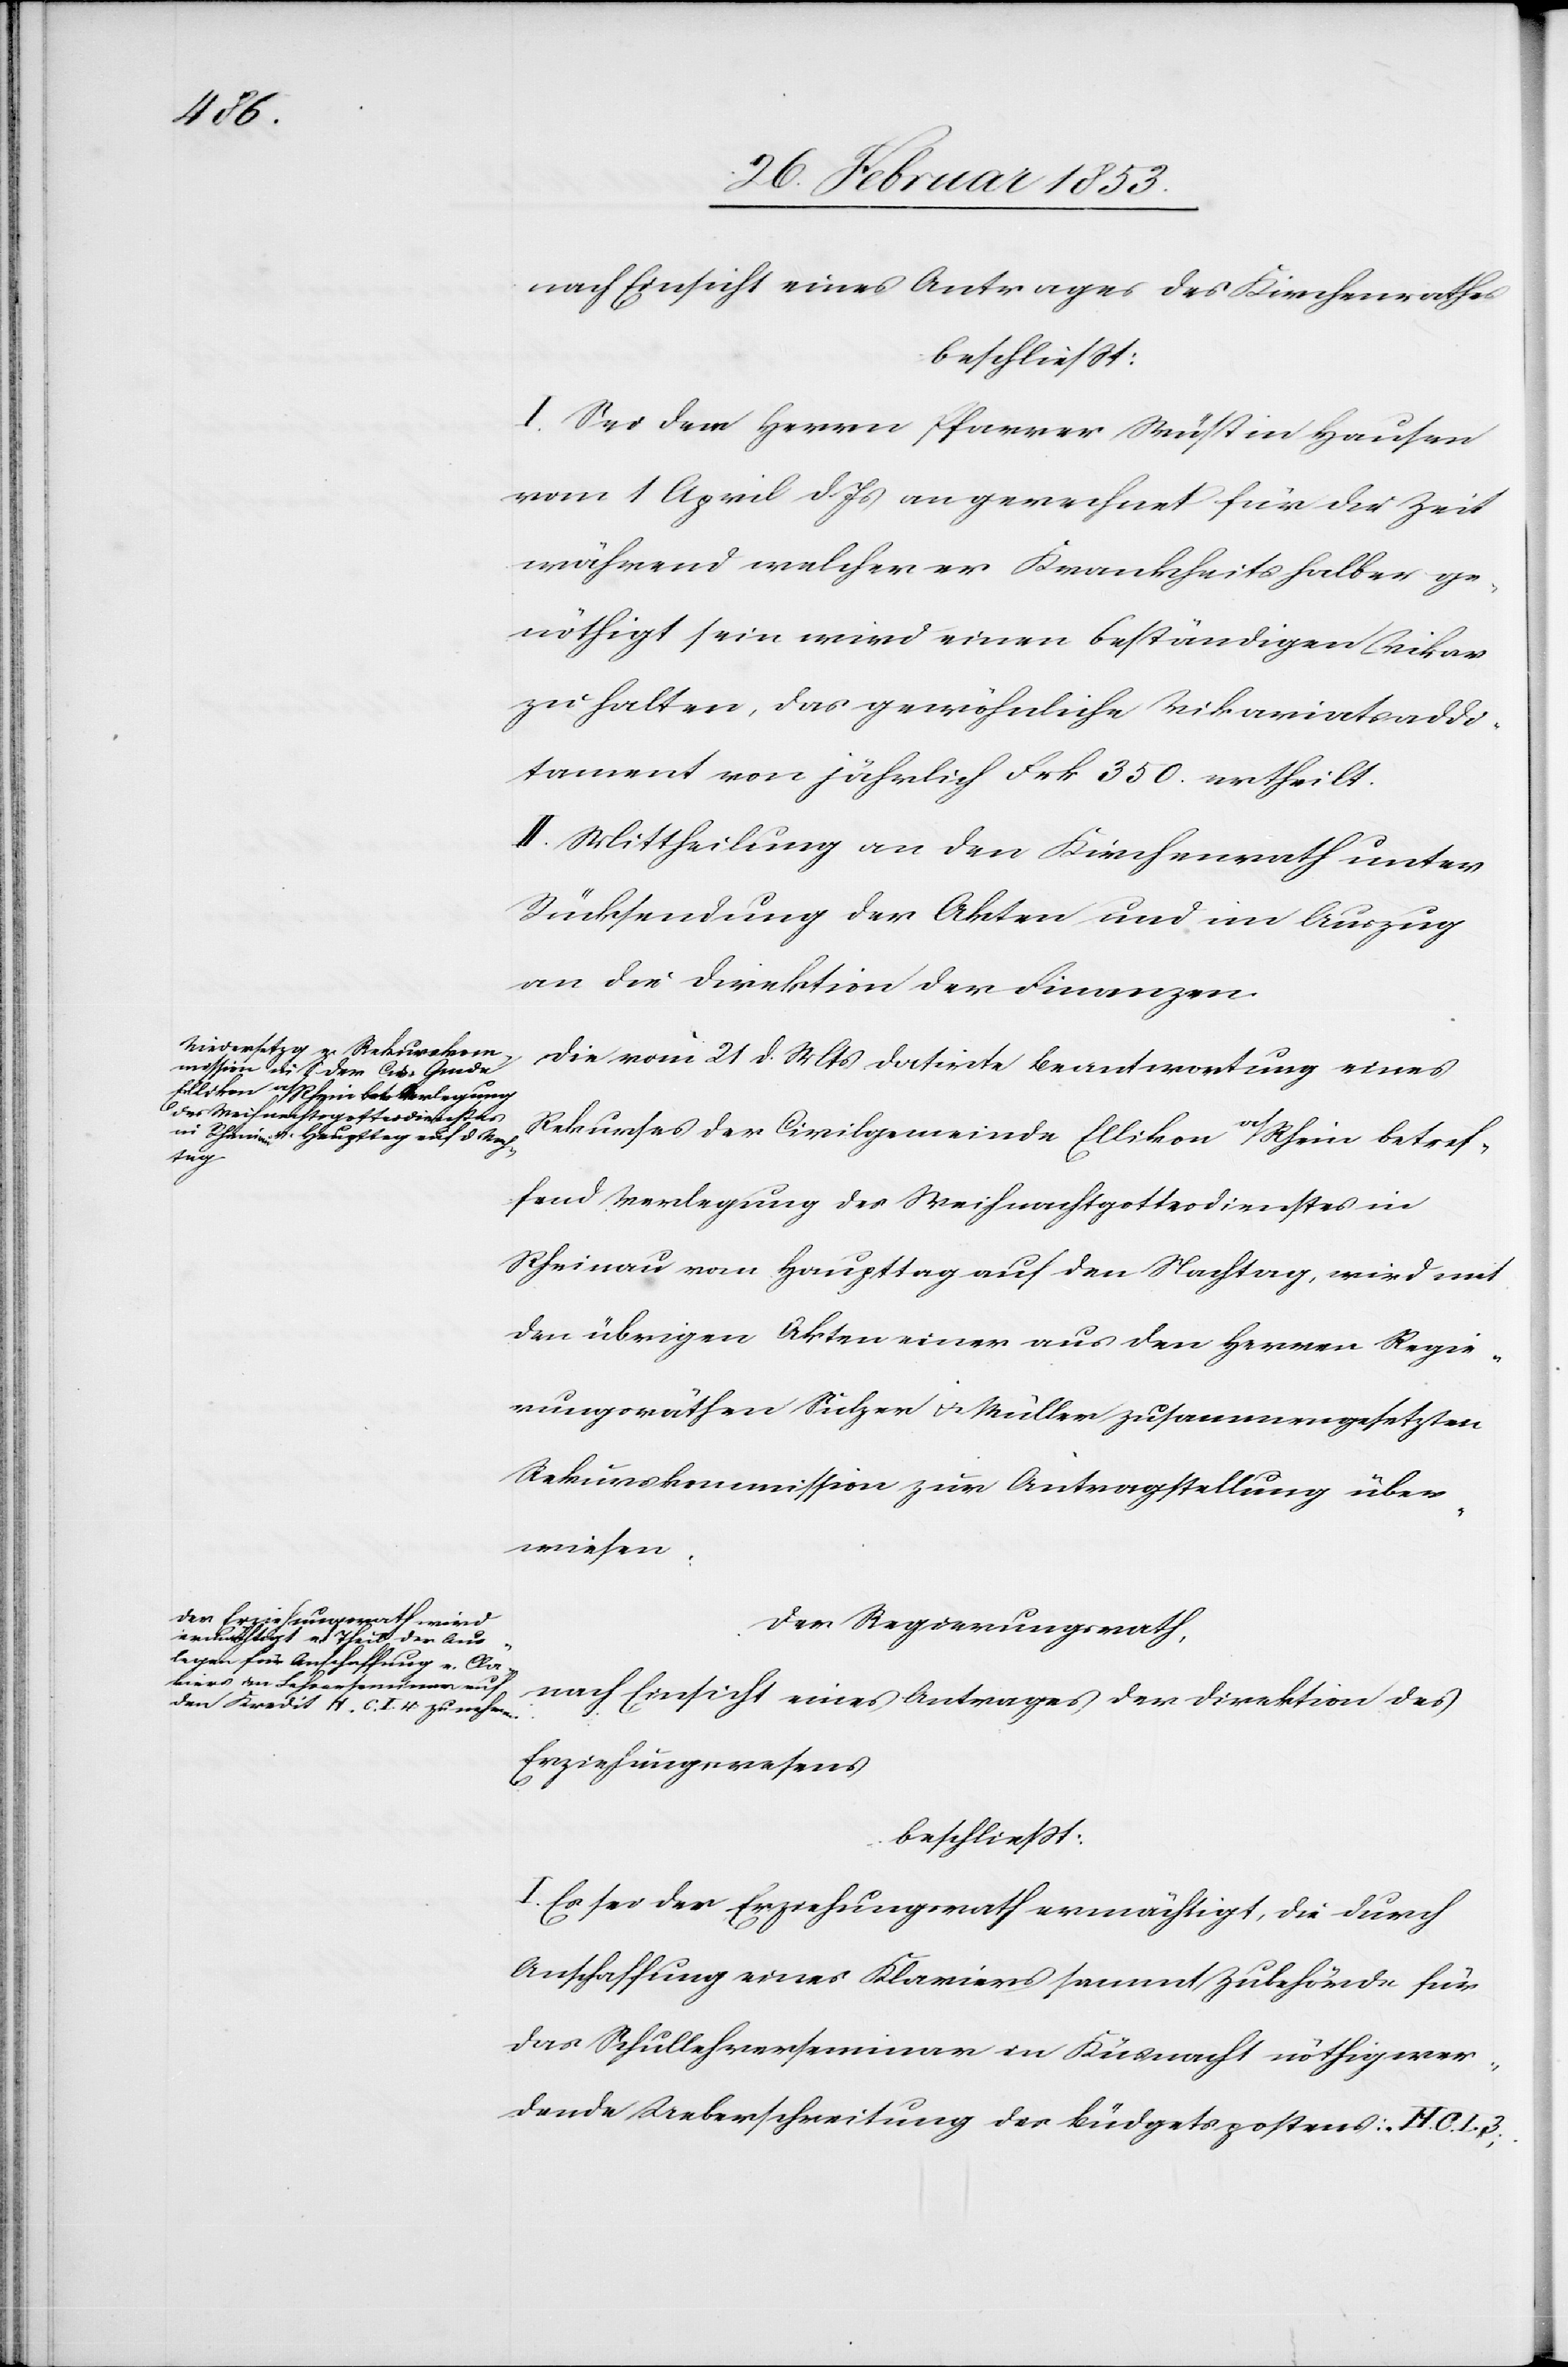
nach Einsicht eines Antrages des Kirchenrathes
beschließt:
I. Sei dem Herrn Pfarrer Wüst in Hausen
vom 1 April d. Js. angerechnet für die Zeit
während welcher er krankheitshalber ge¬
nöthigt sein wird einen beständigen Vikar
zu halten, das gewöhnliche Vikariatsaddi¬
tament von jährlich Frk. 350. ertheilt.
II. Mittheilung an den Kirchenrathe unter
Rücksendung der Akten und im Auszug
an die Direktion der Finanzen.
Die vom 21 d. Mts. datirte Beantwortung eines
Rekurses der Civilgemeinde Ellikon a/Rhein betref¬
fend Verlegung des Weihnachtsgottesdienstes in
Rheinau vom Haupttag auf den Nachtag, wird mit
den übrigen Akten einer aus den Herrn Regie¬
rungsräthen Sulzer u. Müller zusammengesetzten
Rekurskommission zur Antragstellung über¬
wiesen.
Der Regierungsrath,
nach Einsicht eines Antrages der Direktion des
Erziehungswesens
beschließt:
I. Es sei der Erziehungsrath ermächtigt, die durch
Anschaffung eines Klaviers sammt Zubehörde für
das Schullehrerseminar in Küsnacht nöthig wer¬
dende Ueberschreitung des Büdgetspostens: “H. O. I., 3